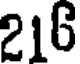
216